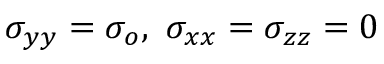
\sigma _ { y y } = \sigma _ { o } , ~ \sigma _ { x x } = \sigma _ { z z } = 0